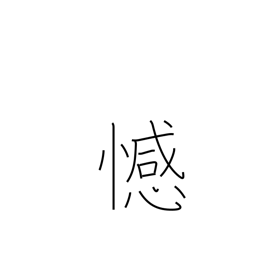
Meaning: remorse